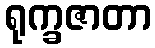
ရုက္ခဇာတာ